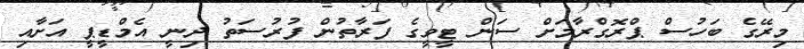
މިރޭގެ ބަހުސް ޕްރޮގްރާމަށް ސަން ޓީވީގެ ފަރާތުން ފުރުސަތު ދިނީ އެމްޑީޕީ އަށާއި